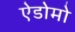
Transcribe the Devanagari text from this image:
ऐडोमो